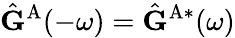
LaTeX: \hat{\mathbf{G}}^{\mathrm{A}}(-\omega)=\hat{\mathbf{G}}^{\mathrm{A}*}(\omega)